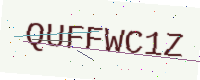
Text: QUFFWC1Z